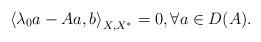
LaTeX: \begin{align*}\left\langle\lambda_0a-Aa,b\right\rangle_{X,X^\ast}=0,\forall a\in D(A).\end{align*}